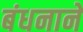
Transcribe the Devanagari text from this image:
बंधनाने